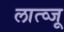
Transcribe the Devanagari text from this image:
लात्व्जू